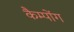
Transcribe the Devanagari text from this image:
कैम्पोंग